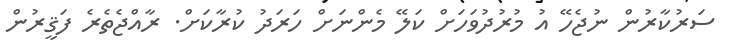
ސަރުކާރުން ނުޖެހޭ އު މުރުދުވަަހަށް ކަލޭ މެންނަށް ހަރަދު ކުރާކަށް. ރާއްޖެތެރެ ފަޤީރުން